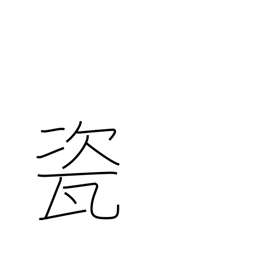
Meaning: high quality porcelain